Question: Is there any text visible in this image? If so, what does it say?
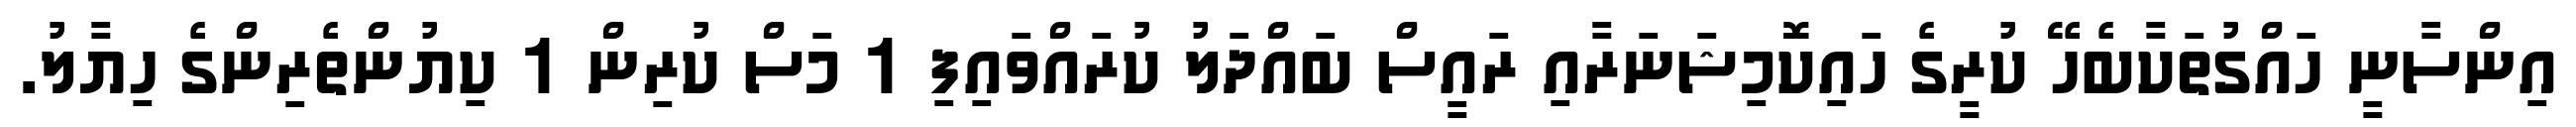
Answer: އިންސާނީ ހައްގުތަކާބެހޭ ކުރީގެ ހައިކޮމިޝަނަރާއި ރައީސް ބައްދަލު ކުރައްވައިފި 1 މަސް ކުރިން 1 ކިޔުންތެރިންގެ ހިޔާލު.